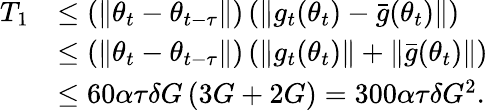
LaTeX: \begin{array}{rl}{T_{1}}&{\leq\left(\Vert\theta_{t}-\theta_{t-\tau}\Vert\right)\left(\Vert g_{t}(\theta_{t})-\bar{g}(\theta_{t})\Vert\right)}\\ &{\leq\left(\Vert\theta_{t}-\theta_{t-\tau}\Vert\right)\left(\Vert g_{t}(\theta_{t})\Vert+\Vert\bar{g}(\theta_{t})\Vert\right)}\\ &{\leq 60\alpha\tau\delta G\left(3G+2G\right)=300\alpha\tau\delta G^{2}.}\end{array}